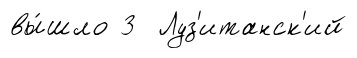
вы́шло 3 Луз'итанск'ий